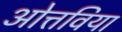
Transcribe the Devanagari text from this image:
ओत्तविया